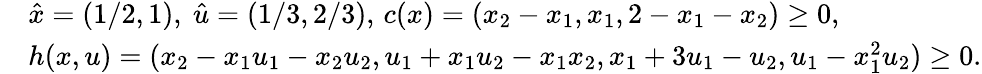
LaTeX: \begin{array}{rl}&{\hat{x}=(1/2,1),\ \hat{u}=(1/3,2/3),\, c(x)=(x_{2}-x_{1},x_{1},2-x_{1}-x_{2})\geq 0,}\\ &{h(x,u)=(x_{2}-x_{1}u_{1}-x_{2}u_{2},u_{1}+x_{1}u_{2}-x_{1}x_{2},x_{1}+3u_{1}-u_{2},u_{1}-x_{1}^{2}u_{2})\geq 0.}\end{array}